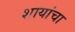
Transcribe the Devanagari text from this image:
शायांचा